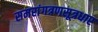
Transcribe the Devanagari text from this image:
समरांगत्रणसूत्रधार